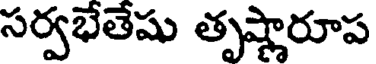
సర్వభేతేషు తృష్ణారూప